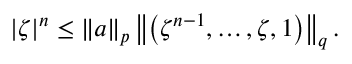
| \zeta | ^ { n } \leq \| a \| _ { p } \left\| \left( \zeta ^ { n - 1 } , \ldots , \zeta , 1 \right) \right\| _ { q } .